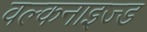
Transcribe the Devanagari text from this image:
वल्कनाइज्ड